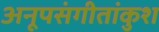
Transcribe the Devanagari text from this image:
अनूपसंगीतांकुश